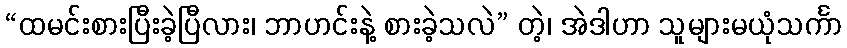
“ထမင်းစားပြီးခဲ့ပြီလား၊ ဘာဟင်းနဲ့ စားခဲ့သလဲ” တဲ့၊ အဲဒါဟာ သူများမယုံသင်္ကာ